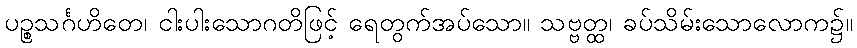
ပဉ္စသင်္ဂဟိတေ၊ ငါးပါးသောဂတိဖြင့် ရေတွက်အပ်သော။ သဗ္ဗတ္ထ၊ ခပ်သိမ်းသောလောက၌။